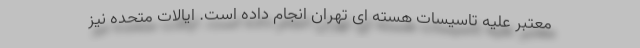
معتبر علیه تاسیسات هسته ای تهران انجام داده است. ایالات متحده نیز